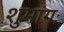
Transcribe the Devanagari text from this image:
शुभांगः